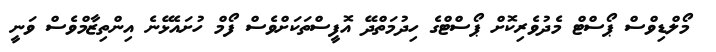
މޯލްޑިވްސް ޕޯސްޓް މެދުވެރިކޮށް ޕޯސްޓްގެ ހިދުމަތްދޭ އޮފީސްތަކަށްވެސް ފޯމް ހުށައެޅޭނެ އިންތިޒާމްވެސް ވަނީ